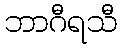
ဘာဂီရသီ